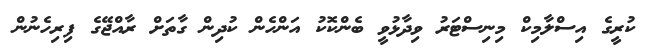
ކުރީގެ އިސްލާމިކް މިނިސްޓަރު ވިދާޅުވީ ބެންކޮކު އަންހެން ކުދިން ގާތަށް ރާއްޖޭގެ ފިރިހެނުން